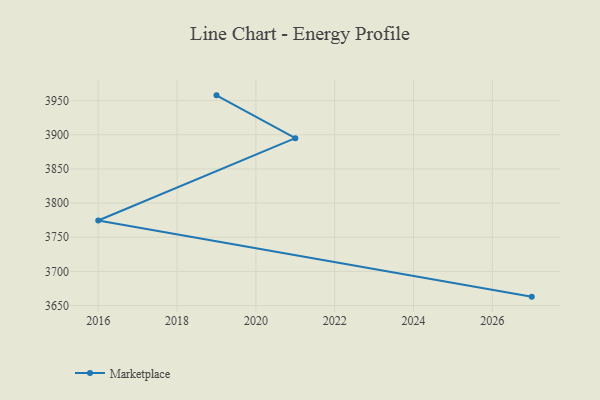
{"axis": {"x": "Year", "y": "Bounce Rate (%)"}, "legend": ["Marketplace"], "data": [{"x": "2019", "y": 3957.7, "type": "Marketplace"}, {"x": "2021", "y": 3895.0, "type": "Marketplace"}, {"x": "2016", "y": 3774.5, "type": "Marketplace"}, {"x": "2027", "y": 3663.0, "type": "Marketplace"}]}